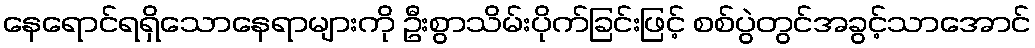
နေရောင်ရရှိသောနေရာများကို ဦးစွာသိမ်းပိုက်ခြင်းဖြင့် စစ်ပွဲတွင်အခွင့်သာအောင်